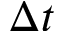
\Delta t